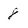
Character: 8